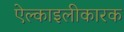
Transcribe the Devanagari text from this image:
ऐल्काइलीकारक